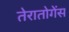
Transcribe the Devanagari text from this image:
तेरातोगेंस